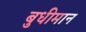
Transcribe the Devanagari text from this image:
बुधीमान